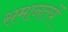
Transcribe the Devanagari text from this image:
समानतयें